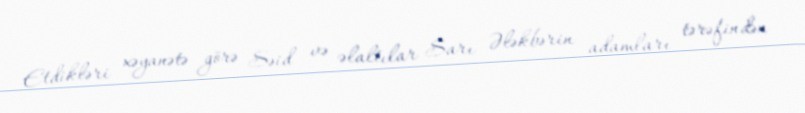
Etdikləri xəyanətə görə Səid və əlaltılar Sarı Ələkbərin adamları tərəfindən